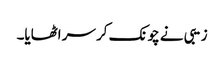
زیبی نے چونک کر سر اٹھایا۔